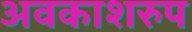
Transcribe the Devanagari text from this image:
अवकाशरुप